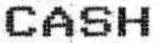
CASH